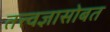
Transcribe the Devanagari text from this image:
तत्त्वज्ञासोबत